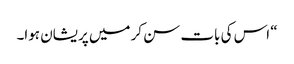
“ اس کی بات سن کر میں پریشان ہوا۔